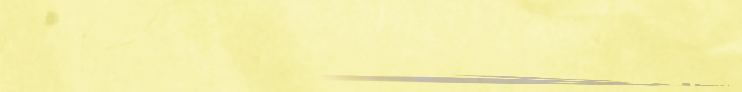
محل بيع الدراجات الهوائية